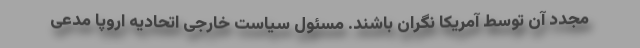
مجدد آن توسط آمریکا نگران باشند. مسئول سیاست خارجی اتحادیه اروپا مدعی